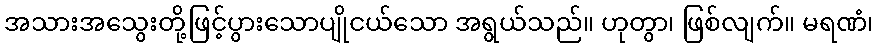
အသားအသွေးတို့ဖြင့်ပွားသောပျိုငယ်သော အရွယ်သည်။ ဟုတွာ၊ ဖြစ်လျက်။ မရဏံ၊